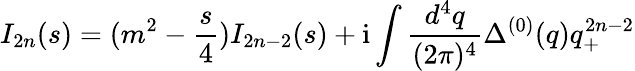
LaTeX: I_{2n}(s)=(m^{2}-\frac{s}{4})I_{2n-2}(s)+\mathrm{i}\int\frac{d^{4}q}{(2\pi)^{4}}\Delta^{(0)}(q)q_{+}^{2n-2}